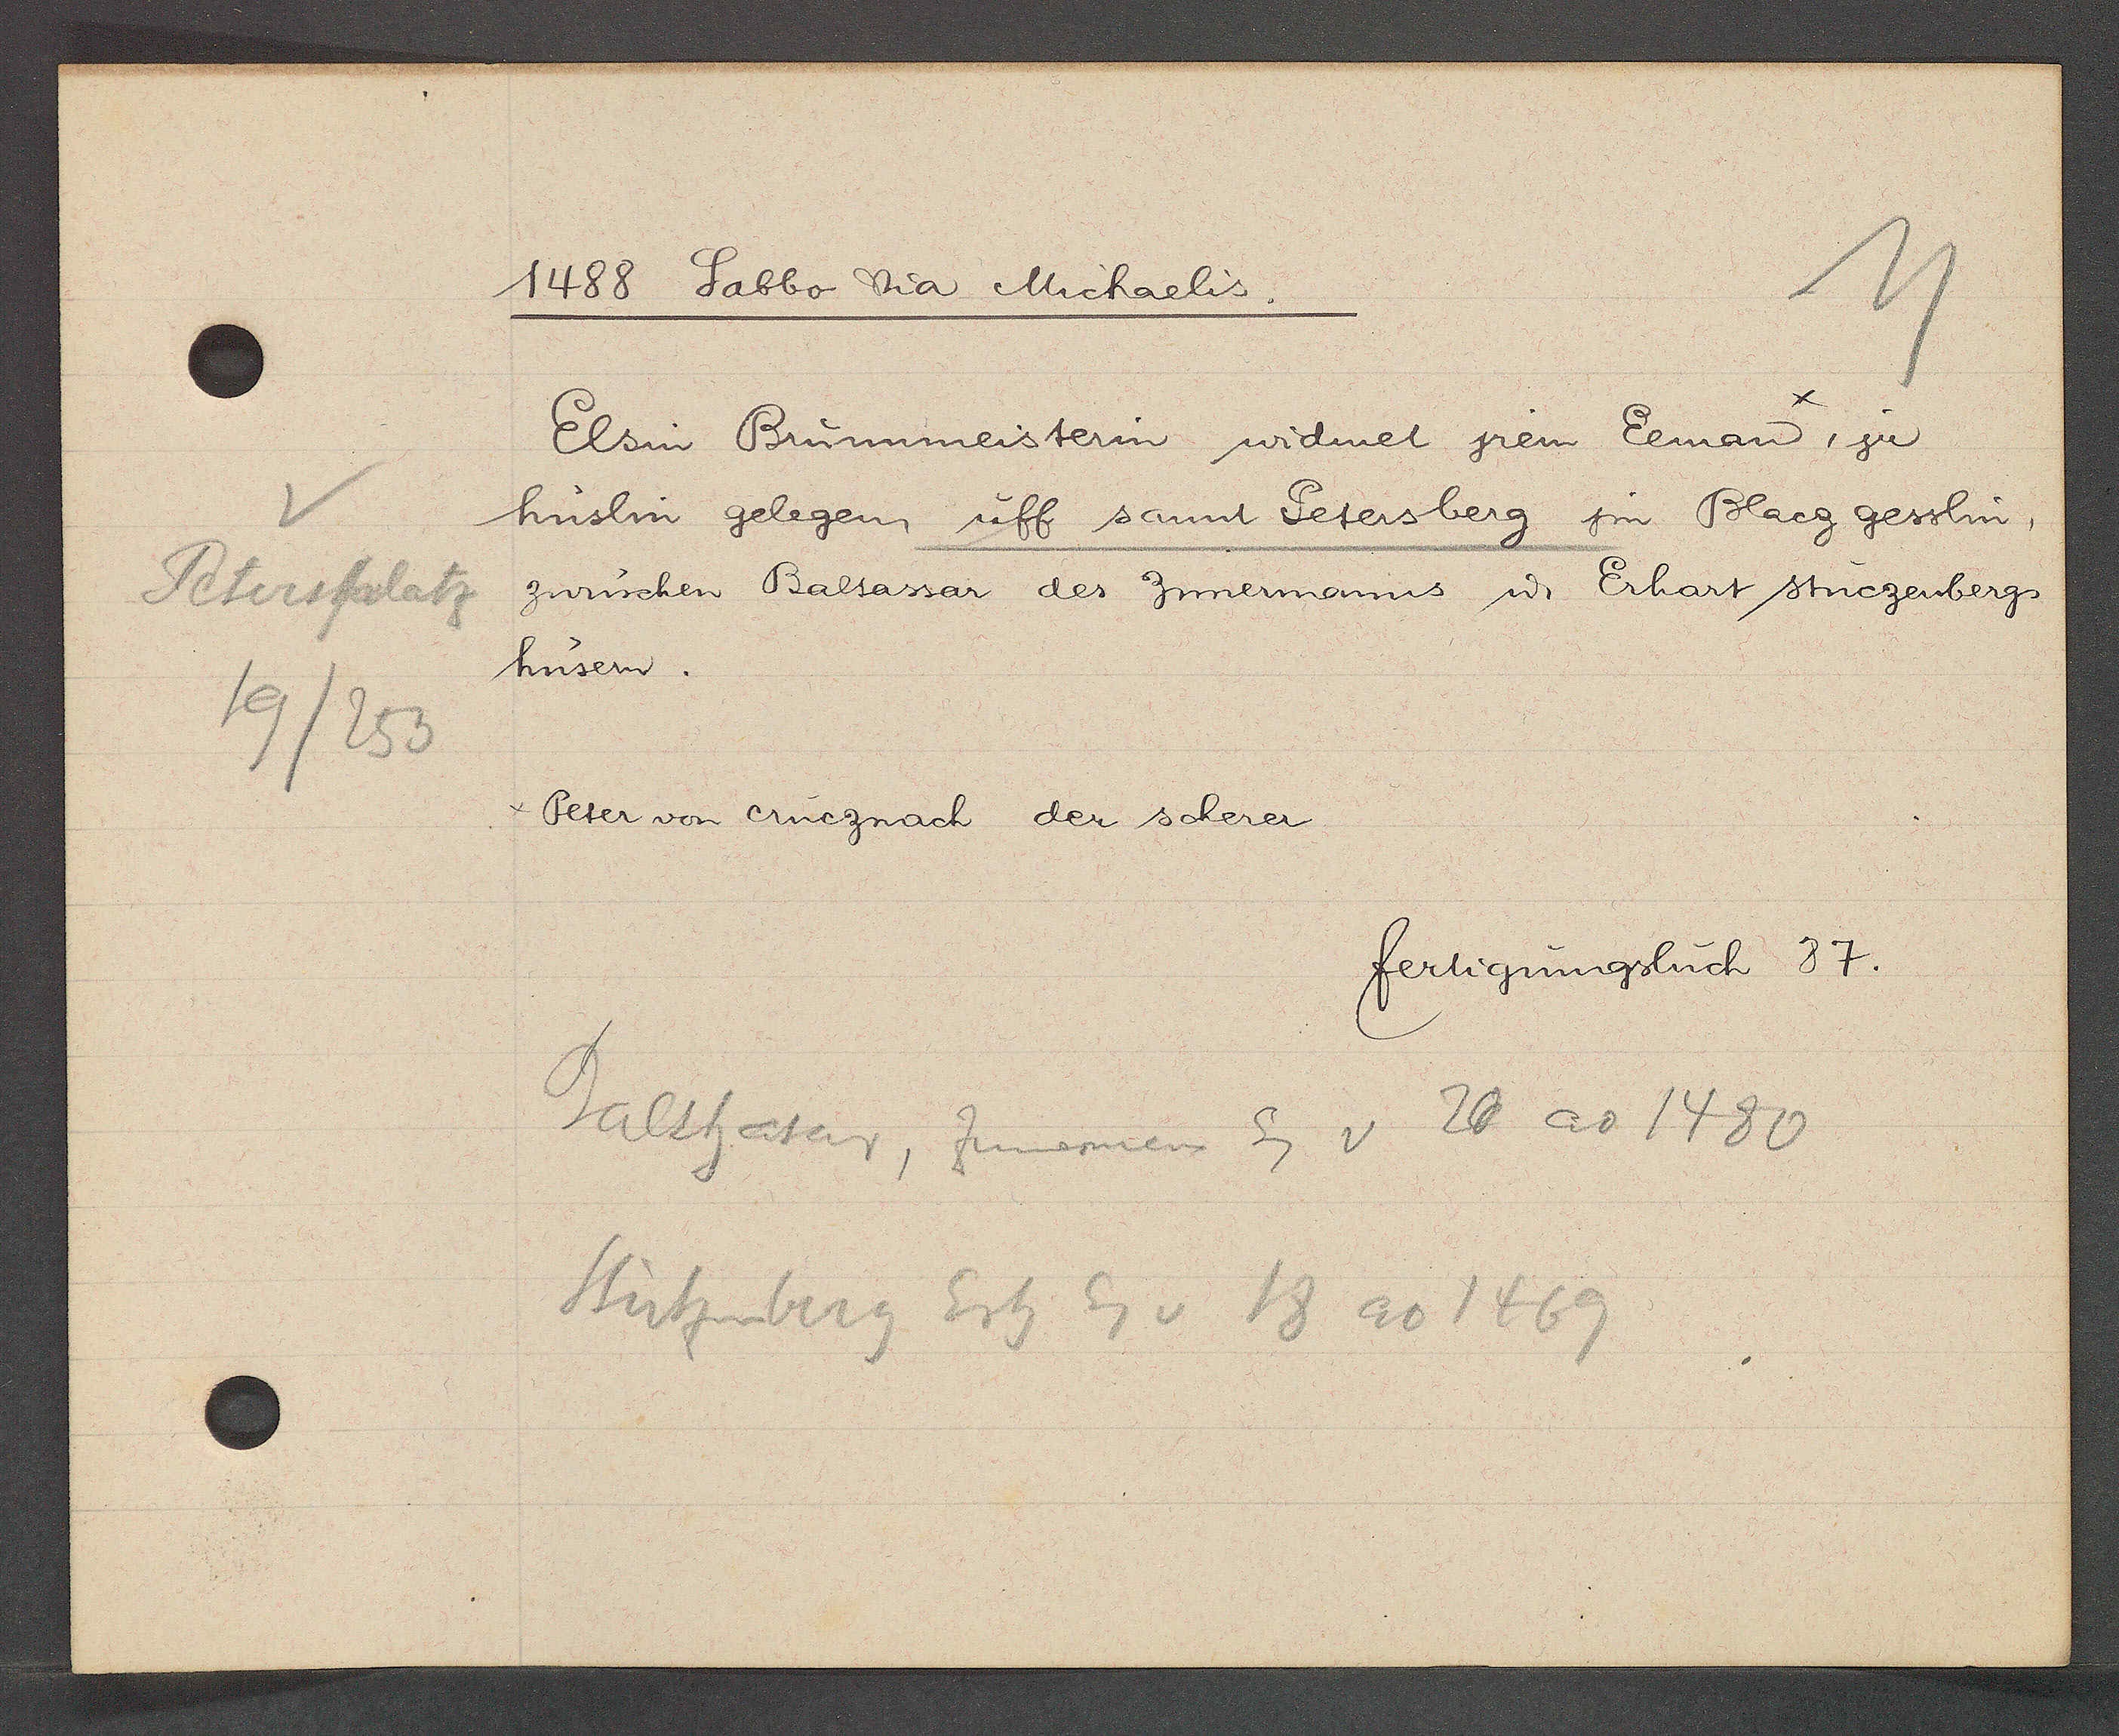
Transcript:
Petersplatz
19/253

1488 Sabbo Dia Michaelis.

hüslin gelegen, uff sannt Petersberg jm Blacg gesslin,
zwüschen Baltassar des Zimermanns u. Erhart stuezenbergs
husern.
Elsin Brünnmeisterin widmet jrem Eeman, zu
Peter von crueznach der scherer

fertigungbuch 87.

Balthasar, Zimmerman Eig v 26 ao 1480
Stützenberg Erh Eg v 18 ao 1469